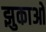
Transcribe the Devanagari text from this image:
झुकाओ